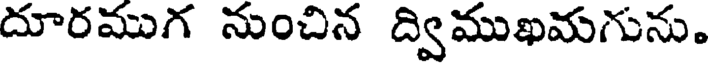
దూరముగ నుంచిన ద్విముఖమగును.